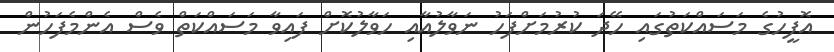
އޮފީހުގެ މަސައްކަތުގައި ހޭދަ ކުރުމަށްފަހު ނަވާލުއާއި ހަވާލުކޮށް ފައިވާ މަސައްކަތް ވެސް އެންމެފަހުން